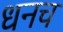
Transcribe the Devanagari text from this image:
धनच